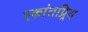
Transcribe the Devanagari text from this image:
एकांतप्र्रिय